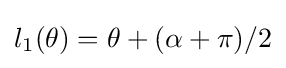
l_{1}(\theta )=\theta +(\alpha +\pi )/2